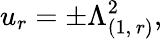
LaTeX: u_{r}=\pm\Lambda_{(1,\, r)}^{2},